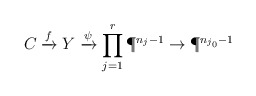
\begin{align*}{C}\xrightarrow{f} Y\xrightarrow{\psi} \prod_{j=1}^r\P^{n_j-1}\rightarrow\P^{n_{j_0}-1}\end{align*}